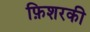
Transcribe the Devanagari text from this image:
फ़िशरकी